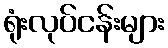
ရုံးလုပ်ငန်းများ